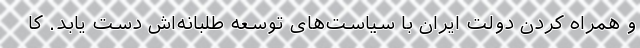
و همراه کردن دولت ایران با سیاست‌های توسعه طلبانه‌اش دست یابد. کا